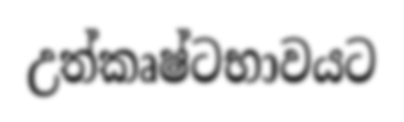
උත්කෘෂ්ටභාවයට